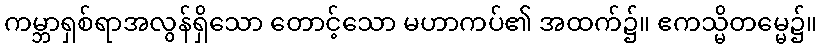
ကမ္ဘာရှစ်ရာအလွန်ရှိသော တောင့်သော မဟာကပ်၏ အထက်၌။ ဧကသ္မိတမ္မေ၌။